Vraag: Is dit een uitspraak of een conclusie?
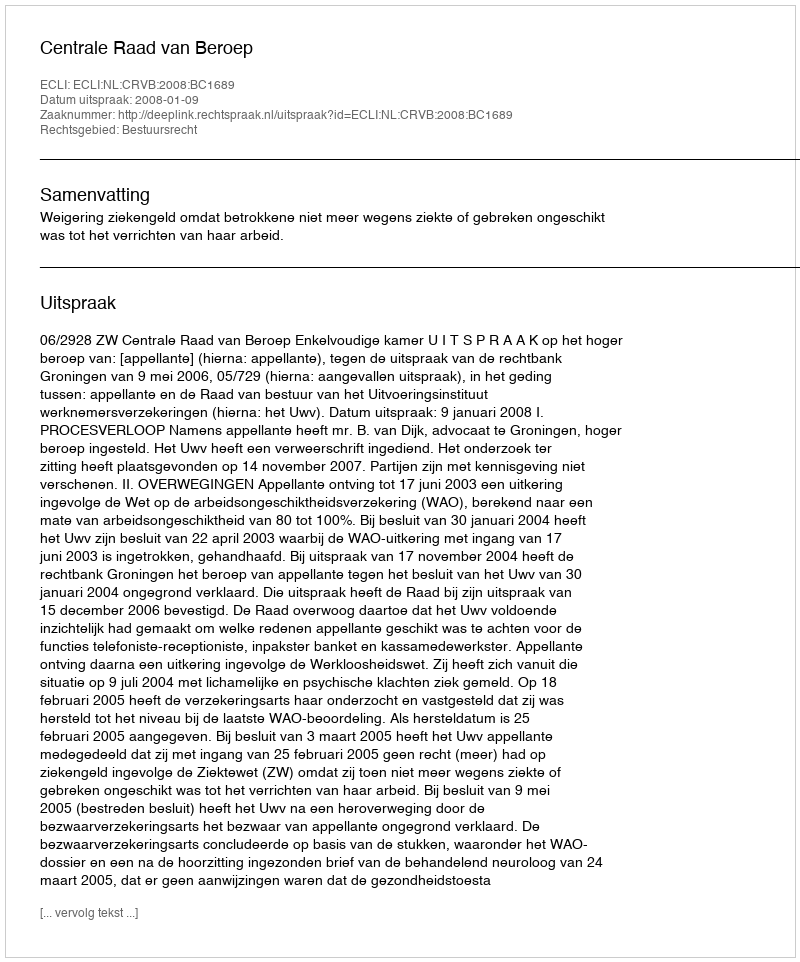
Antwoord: Uitspraak